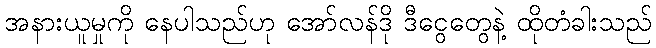
အနားယူမှုကို နေပါသည်ဟု အော်လန်ဒို ဒီငွေတွေနဲ့ ထိုတံခါးသည်